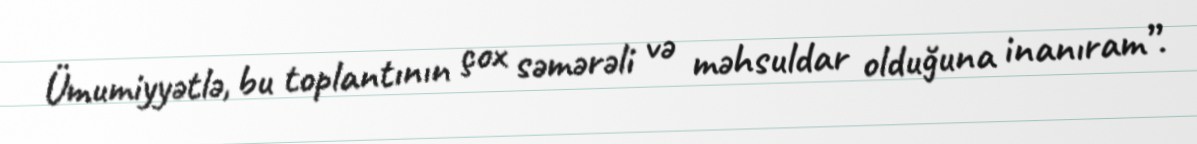
Ümumiyyətlə, bu toplantının çox səmərəli və məhsuldar olduğuna inanıram”.